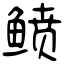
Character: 鲼